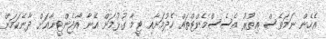
އެހެން ނަމަވެސް އިތުރު އެސެސްމެންޓްތައް ހެދުމަށާއި ޓީމާ ގުޅުމަށް އޭނާ އާޖެންޓީނާއަށް ދާނެކަމަށް